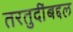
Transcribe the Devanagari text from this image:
तरतुदींबद्दल